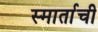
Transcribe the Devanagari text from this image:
स्मार्ताची